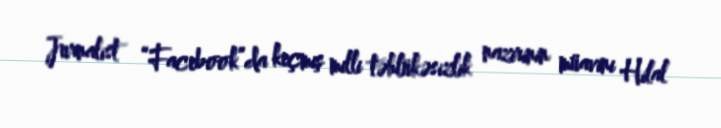
Jurnalist “Facebook”da keçmiş milli təhlükəsizlik nazirinin müavini Hilal